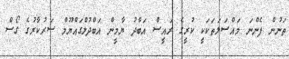
ތަނުން ފެންނަ މައްސަލަތަކަކީ ކުރީގެ ރައީސް އަބްދު ޔާމީން އަބްދުލްގައްޔޫމް ސަރުކާރުގެ ގޯސް